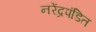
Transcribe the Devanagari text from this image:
नरेंद्रपंडित